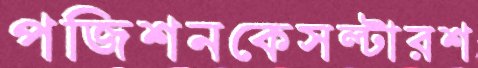
পজিশনকেসল্টারশ